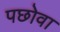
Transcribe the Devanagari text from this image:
पछोवा